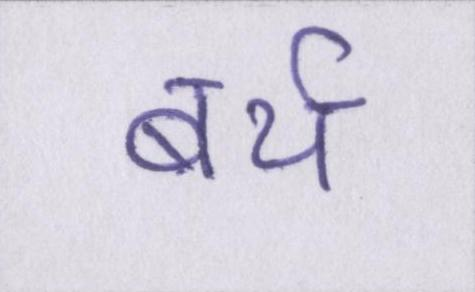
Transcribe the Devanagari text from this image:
बर्थ